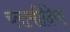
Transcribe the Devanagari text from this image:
च्‍लामीदिया